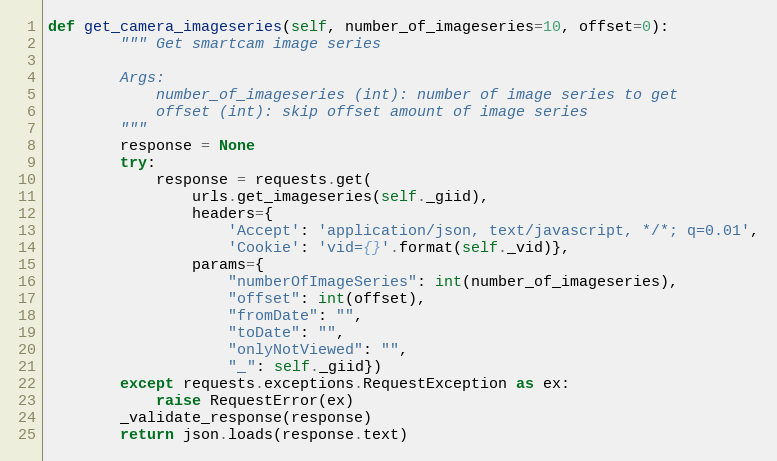
Language: Python
def get_camera_imageseries(self, number_of_imageseries=10, offset=0):
        """ Get smartcam image series

        Args:
            number_of_imageseries (int): number of image series to get
            offset (int): skip offset amount of image series
        """
        response = None
        try:
            response = requests.get(
                urls.get_imageseries(self._giid),
                headers={
                    'Accept': 'application/json, text/javascript, */*; q=0.01',
                    'Cookie': 'vid={}'.format(self._vid)},
                params={
                    "numberOfImageSeries": int(number_of_imageseries),
                    "offset": int(offset),
                    "fromDate": "",
                    "toDate": "",
                    "onlyNotViewed": "",
                    "_": self._giid})
        except requests.exceptions.RequestException as ex:
            raise RequestError(ex)
        _validate_response(response)
        return json.loads(response.text)